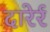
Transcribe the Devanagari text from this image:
दारेर्र